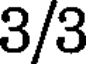
3/3